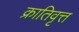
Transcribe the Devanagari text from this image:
क्रातिवृत्त